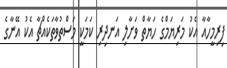
ފިރިމީހާއާ އެކު މަރިޔަމްގެ ހަޔާތް ވަށާލި އަނދިރި ކަމަކީ މަސްތުވާތަކެއްޗާ އެކު އޭނާގެ